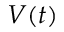
V ( t )